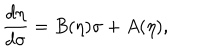
\frac { d \eta } { d \sigma } = B ( \eta ) \sigma + A ( \eta ) ,